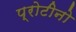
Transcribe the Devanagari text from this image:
प्रोटीनो